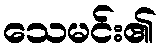
သေမင်း၏